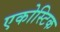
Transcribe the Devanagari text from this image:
एकोस्टिक